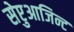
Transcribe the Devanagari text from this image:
सेप्टुआजिन्ट